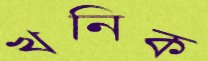
খনিক